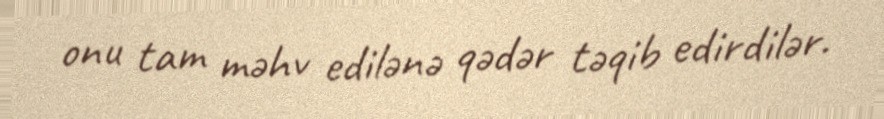
onu tam məhv edilənə qədər təqib edirdilər.